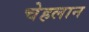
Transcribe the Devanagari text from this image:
चेहलान